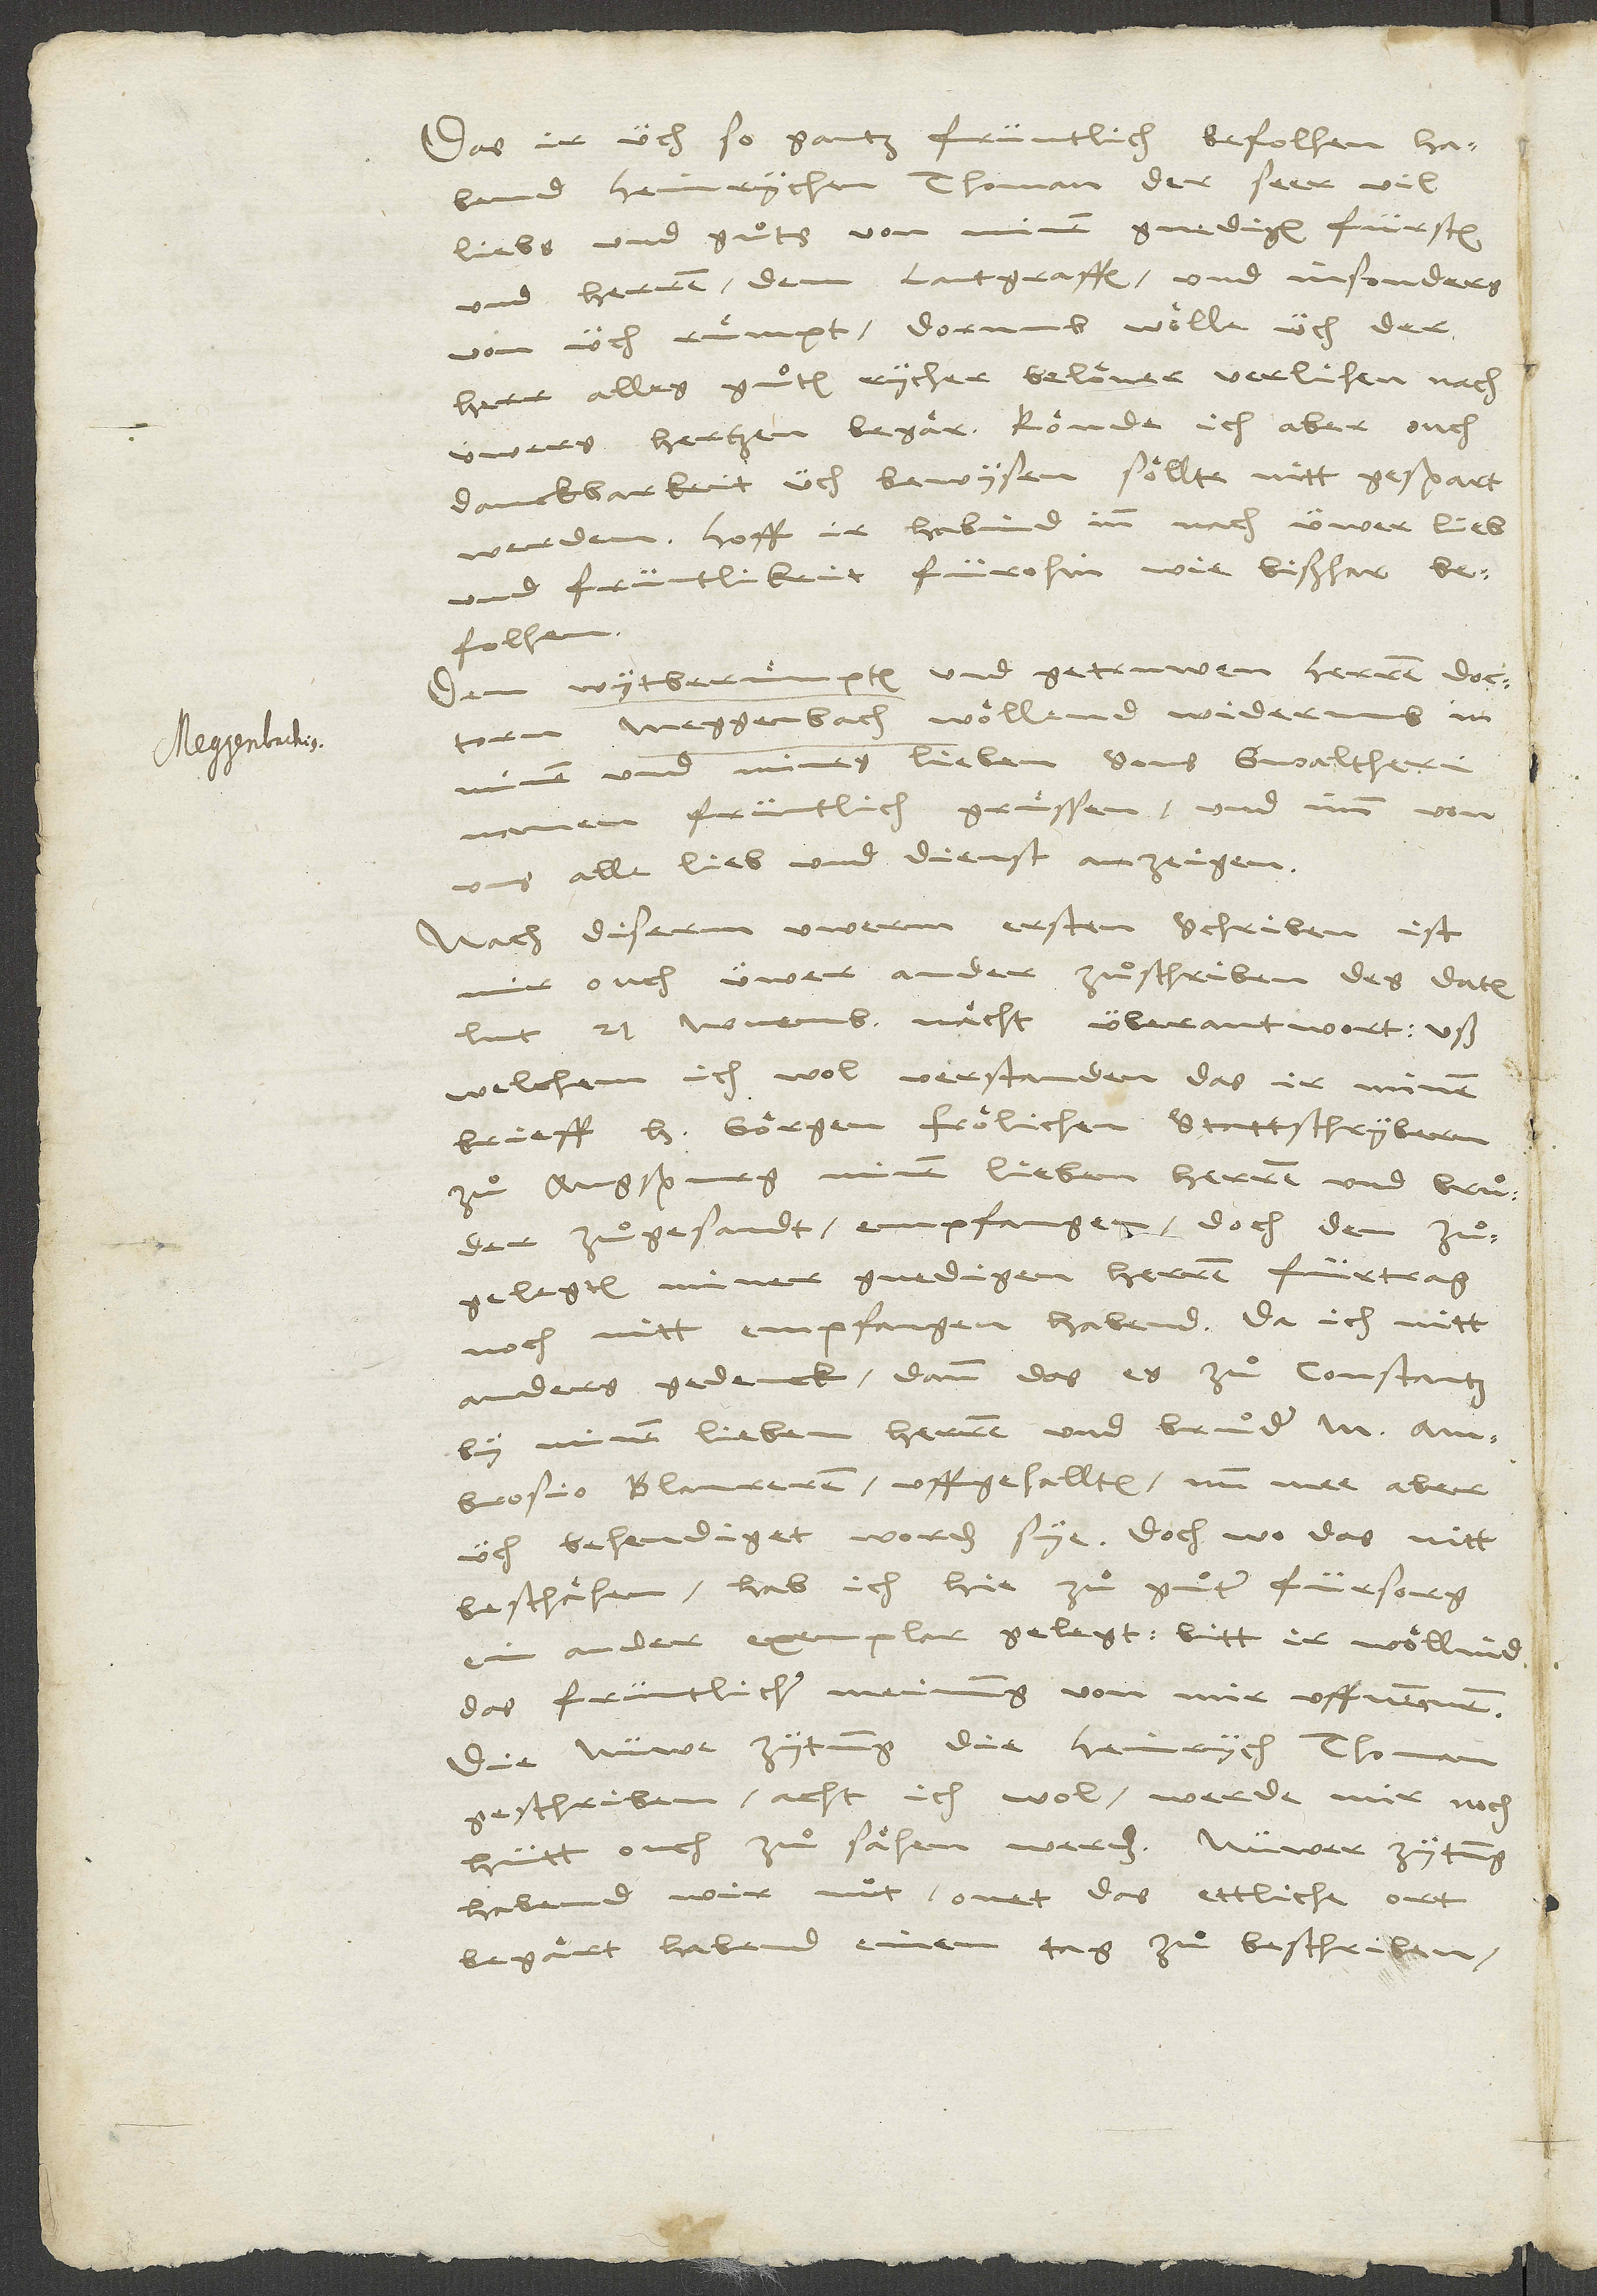
Das ir üch so gantz früntlich befolhen habend
Heinrychen Thoman, der seer vil
liebs und guͦts von minem gnedigen fürsten
und herren, dem lantgraffen, und insonders
von üch ruͤmpt, dorumb woͤlle üch der
herr, alles guͦten rycher beloͤner, verlihen nach
uwers hertzen begaͤr. Koͤnde ich aber ouch
danckbarkeit üch bewysen, soͤllte nitt gespart
werden. Hoff, ir habind inn nach üwer lieb
und früntlikeit fürohin wie bißhar
befolhen.
Dem wytberuͤmpten und getruwen herren doctorn
Meggenbach woͤllend widerumb in
minem und mines lieben sons Gwaltheri
namen früntlich gruͤssen und imm von
uns alle lieb und dienst anzeigen.
Nach diserm uwerm ersten schriben ist
mir ouch üwer ander zuͦschriben, des datum
lut 21. novembris, naͤcht überantwort, uß
welchem ich wol verstanden, das ir minen
brieff, herrn Goͤrgen Froͤlichen, stattschrybern
zuͦ Augspurg, minem lieben herren und bruͦder,
zuͦgesandt, empfangen, doch den zuͦgelegten
miner gnedigen herren fürtrag
noch nitt empfangen habend - da ich nitt
anders gedenck, dann das es zuͦ Constantz
by minem lieben herren und bruͦder M.
Ambrosio Blaureren uffgehalten, nun mee aber
üch behendiget worden sye. Doch wo das nitt
beschaͤhen, hab ich hie zuͦ guͦter fürsorg
ein ander exemplar gelegt. Bitt, ir woͤllind
das früntlicher meinung von mir uffnemmen.
Die nüwe zytung, die Heinrych Thoman
geschriben, acht ich wol, werde mir noch
hütt ouch zuͦ saͤhen werden. Nüwer zytung
habend wir nut, onet das ettliche ort
begaͤrt habend, einen tag zuͦ beschriben